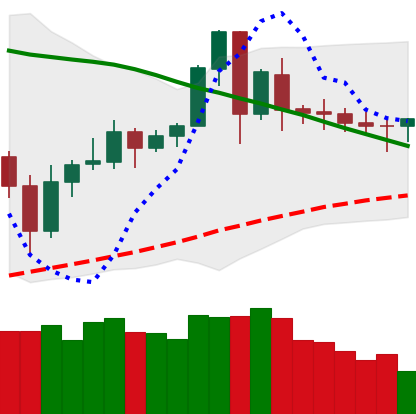
Ticker: ETC-USD
Chart end date: 2020-06-08
Forward return: -5.81%
Label: down_5_7